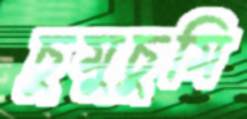
চুমুচুমি